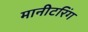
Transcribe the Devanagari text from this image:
मानीटरिंग